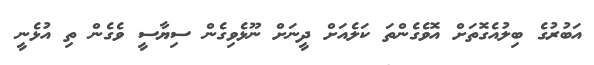
އަބުރުގެ ބިލުއެގޮތަށް އޮވެގެންތަ ކަލެއަށް ދީނަށް ނޫޅެވިގެން ސިޔާސީ ވެގެން ތި އުޅެނީ